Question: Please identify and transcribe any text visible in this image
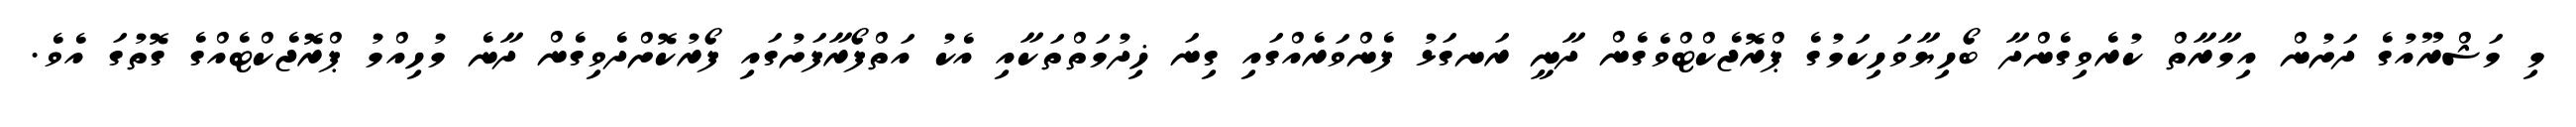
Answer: މި މަޝްރޫއުގެ ދަށުން އިމާރާތް ކުރެވިގެންދާ ބޯހިޔާވަހިކަމުގެ ޕްރޮޖެކްޓްވެގެން ދާނީ ރަނގަޅު ފެންވަރެއްގައި ގިނަ ޚިދުމަތްތަކާއި އެކު އަތްފޯރާފަށުގައި ފޯރުކޮށްދެވިގެން ދާނެ މުހިއްމު ޕްރޮޖެކްޓެއްގެ ގޮތުގަ އެވެ.